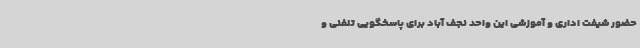
حضور شیفت اداری و آموزشی این واحد نجف آباد برای پاسخگویی تلفنی و